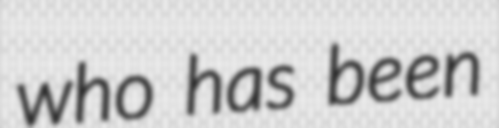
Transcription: who has been